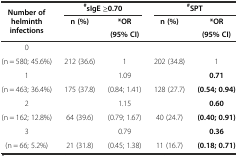
| <ROWSPAN=3> Number of helminth infections | <COLSPAN=2> #sIgE ≥0.70 | <COLSPAN=2> #SPT |
 | n (%) | *OR | n (%) | *OR |
 |  | (95% CI) |  | (95% CI) |
 | --- | --- | --- | --- | --- |
 | 0 |  |  |  |  |
 | (n = 580; 45.6%) | 212 (36.6) | 1 | 202 (34.8) | 1 |
 | 1 |  | 1.09 |  | 0.71 |
 | (n = 463; 36.4%) | 175 (37.8) | (0.84; 1.41) | 128 (27.7) | (0.54; 0.94) |
 | 2 |  | 1.15 |  | 0.60 |
 | (n = 162; 12.8%) | 64 (39.6) | (0.79; 1.67) | 40 (24.7) | (0.40; 0.91) |
 | 3 |  | 0.79 |  | 0.36 |
 | (n = 66; 5.2%) | 21 (31.8) | (0.45; 1.38) | 11 (16.7) | (0.18; 0.71) |